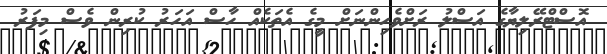
އޮސްޓްރޭލިޔާގެ އަސްލު ރަށްވެހިންނަށް މީގެ އެތަކެއް ހާސް އަހަރު ކުރިން ވެސް މިފަރު